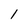
Character: 1